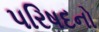
પરિષદનો